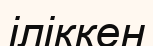
іліккен